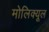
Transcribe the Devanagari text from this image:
मोलिक्यूल